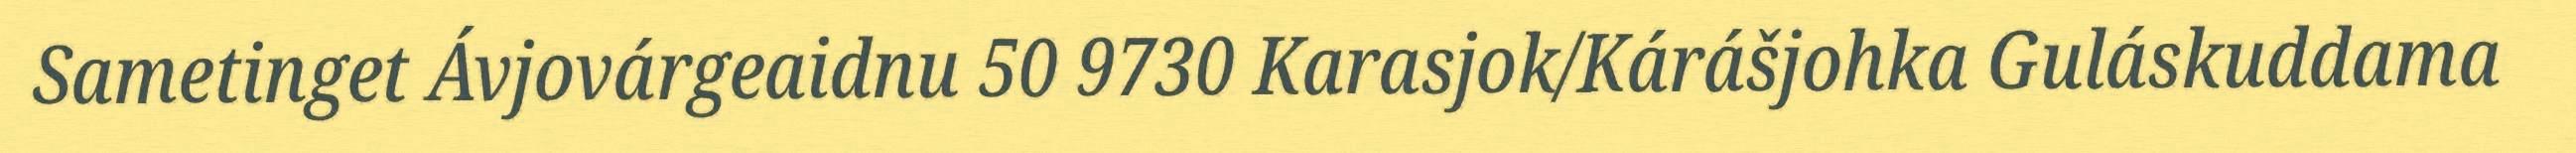
Sametinget Ávjovárgeaidnu 50 9730 Karasjok/Kárášjohka Guláskuddama